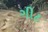
ગીટ